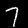
Digit: 7